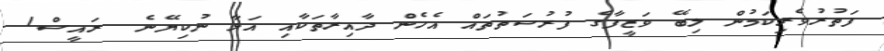
ފަތުރުވެރިކަމުން ލިބޭ ވަޒީފާގެ ފުރުސަތުތައް އެހެން ދާއިރާތަކާއި އަޅާ ނުކިޔޭނެ  ރައީސް1